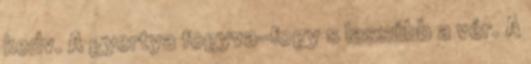
kedv. A gyertya fogyva-fogy s lassúbb a vér. A